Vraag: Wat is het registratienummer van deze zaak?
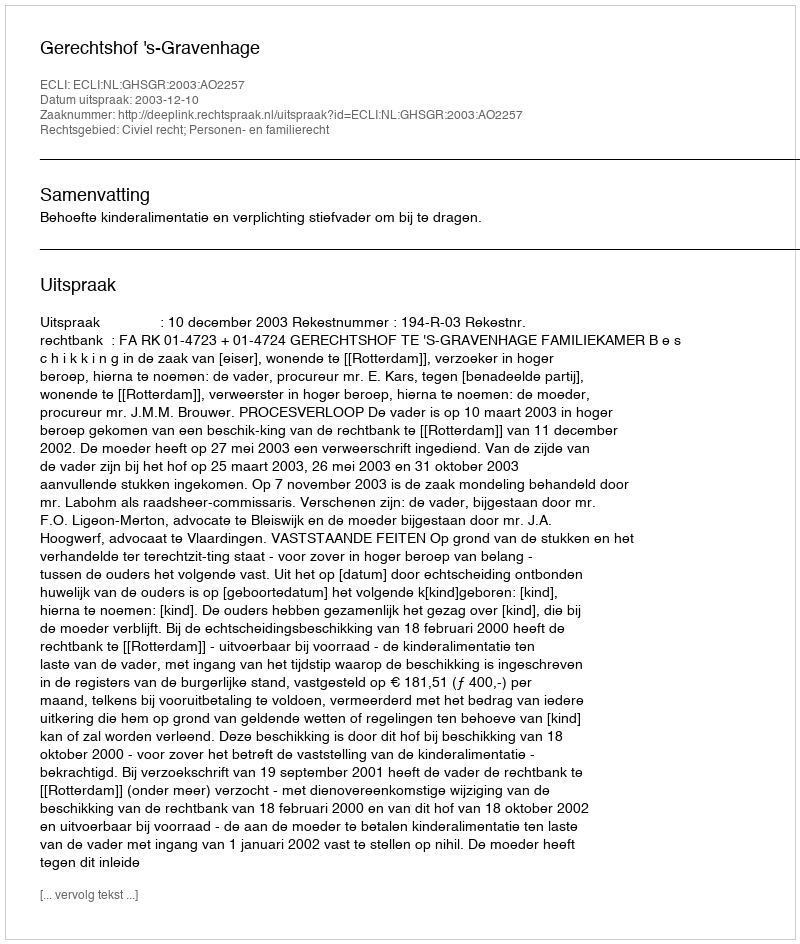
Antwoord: http://deeplink.rechtspraak.nl/uitspraak?id=ECLI:NL:GHSGR:2003:AO2257